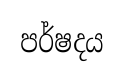
පර්ෂදය